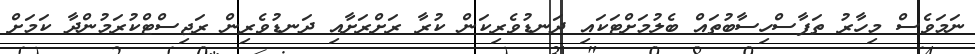
ނަމަވެސް މިހާރު ތަފާސްހިސާބުތައް ބެލުމަށްޓަކައި ދަނޑުވެރިކަން ކުރާ ރަށްރަށާއި ދަނޑުވެރިން ރަޖިސްޓްކުރަމުންދާ ކަމަށް